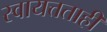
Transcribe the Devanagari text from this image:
स्वायत्तताही